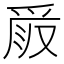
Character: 𠭧